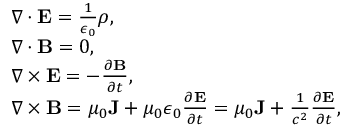
\begin{array} { r l } & { \nabla \cdot { \mathbf E } = \frac { 1 } { \epsilon _ { 0 } } \rho , } \\ & { \nabla \cdot { \mathbf B } = 0 , } \\ & { \nabla \times { \mathbf E } = - \frac { \partial { \mathbf B } } { \partial t } , } \\ & { \nabla \times { \mathbf B } = \mu _ { 0 } { \mathbf J } + \mu _ { 0 } \epsilon _ { 0 } \frac { \partial { \mathbf E } } { \partial t } = \mu _ { 0 } { \mathbf J } + \frac { 1 } { c ^ { 2 } } \frac { \partial { \mathbf E } } { \partial t } , } \end{array}